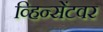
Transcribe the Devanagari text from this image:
व्हिन्सेंटवर